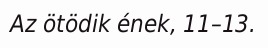
Az ötödik ének, 11–13.